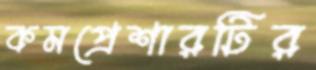
কমপ্রেশারটির